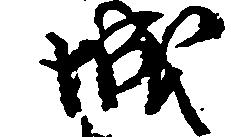
城